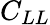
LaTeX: C_{LL}